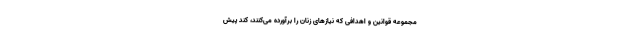
مجموعه قوانین و اهدافی که نیازهای زنان را برآورده می‌کنند، کُند پیش